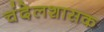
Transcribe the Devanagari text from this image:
चंदेलशासक